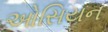
ઓસિયન